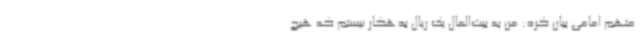
متهم امامی بیان کرد: من به بیت‌المال یک ریال بدهکار نیستم که هیچ